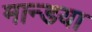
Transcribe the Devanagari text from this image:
मान्डया